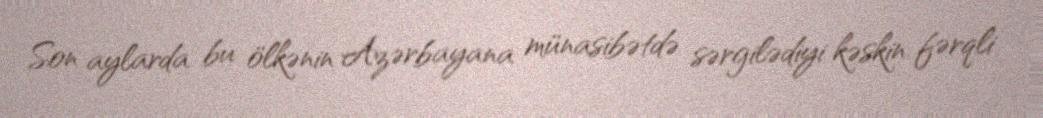
Son aylarda bu ölkənin Azərbayana münasibətdə sərgilədiyi kəskin fərqli